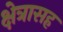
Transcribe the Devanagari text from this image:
क्षेत्रासह